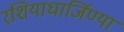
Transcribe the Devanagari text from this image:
रशियाधार्जिण्या